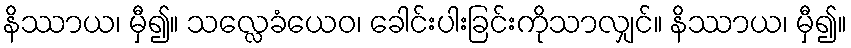
နိဿာယ၊ မှီ၍။ သလ္လေခံယေဝ၊ ခေါင်းပါးခြင်းကိုသာလျှင်။ နိဿာယ၊ မှီ၍။